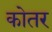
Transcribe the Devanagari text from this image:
कोतर